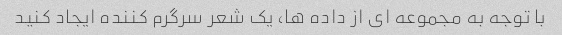
با توجه به مجموعه ای از داده ها، یک شعر سرگرم کننده ایجاد کنید